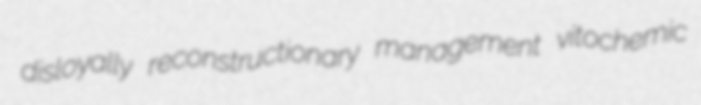
disloyally reconstructionary management vitochemic